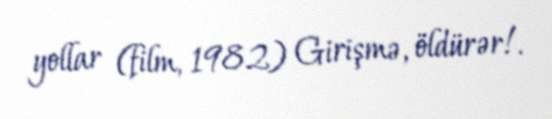
yollar (film, 1982) Girişmə, öldürər!.